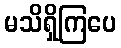
မသိရှိကြပေ